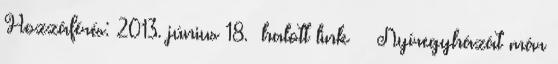
Hozzáférés: 2013. június 18. halott link ↑ Nyíregyházát már